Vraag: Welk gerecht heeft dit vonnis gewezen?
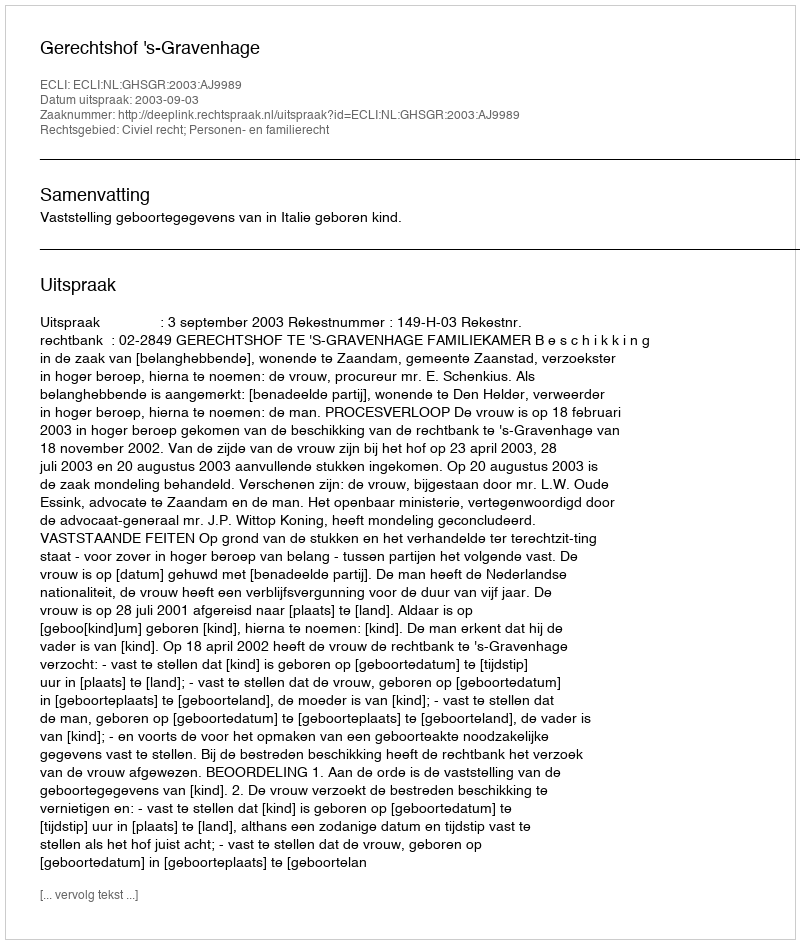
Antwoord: Gerechtshof 's-Gravenhage